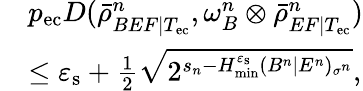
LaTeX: \begin{array}{rl}&{p_{\mathrm{ec}}D(\bar{\rho}_{BEF|T_{\mathrm{ec}}}^{n},\omega_{B}^{n}\otimes\bar{\rho}_{EF|T_{\mathrm{ec}}}^{n})}\\ &{\leq\varepsilon_{\mathrm{s}}+\frac{1}{2}\sqrt{2^{s_{n}-H_{\mathrm{min}}^{\varepsilon_{\mathrm{s}}}(B^{n}|E^{n})_{\sigma^{n}}}},}\end{array}